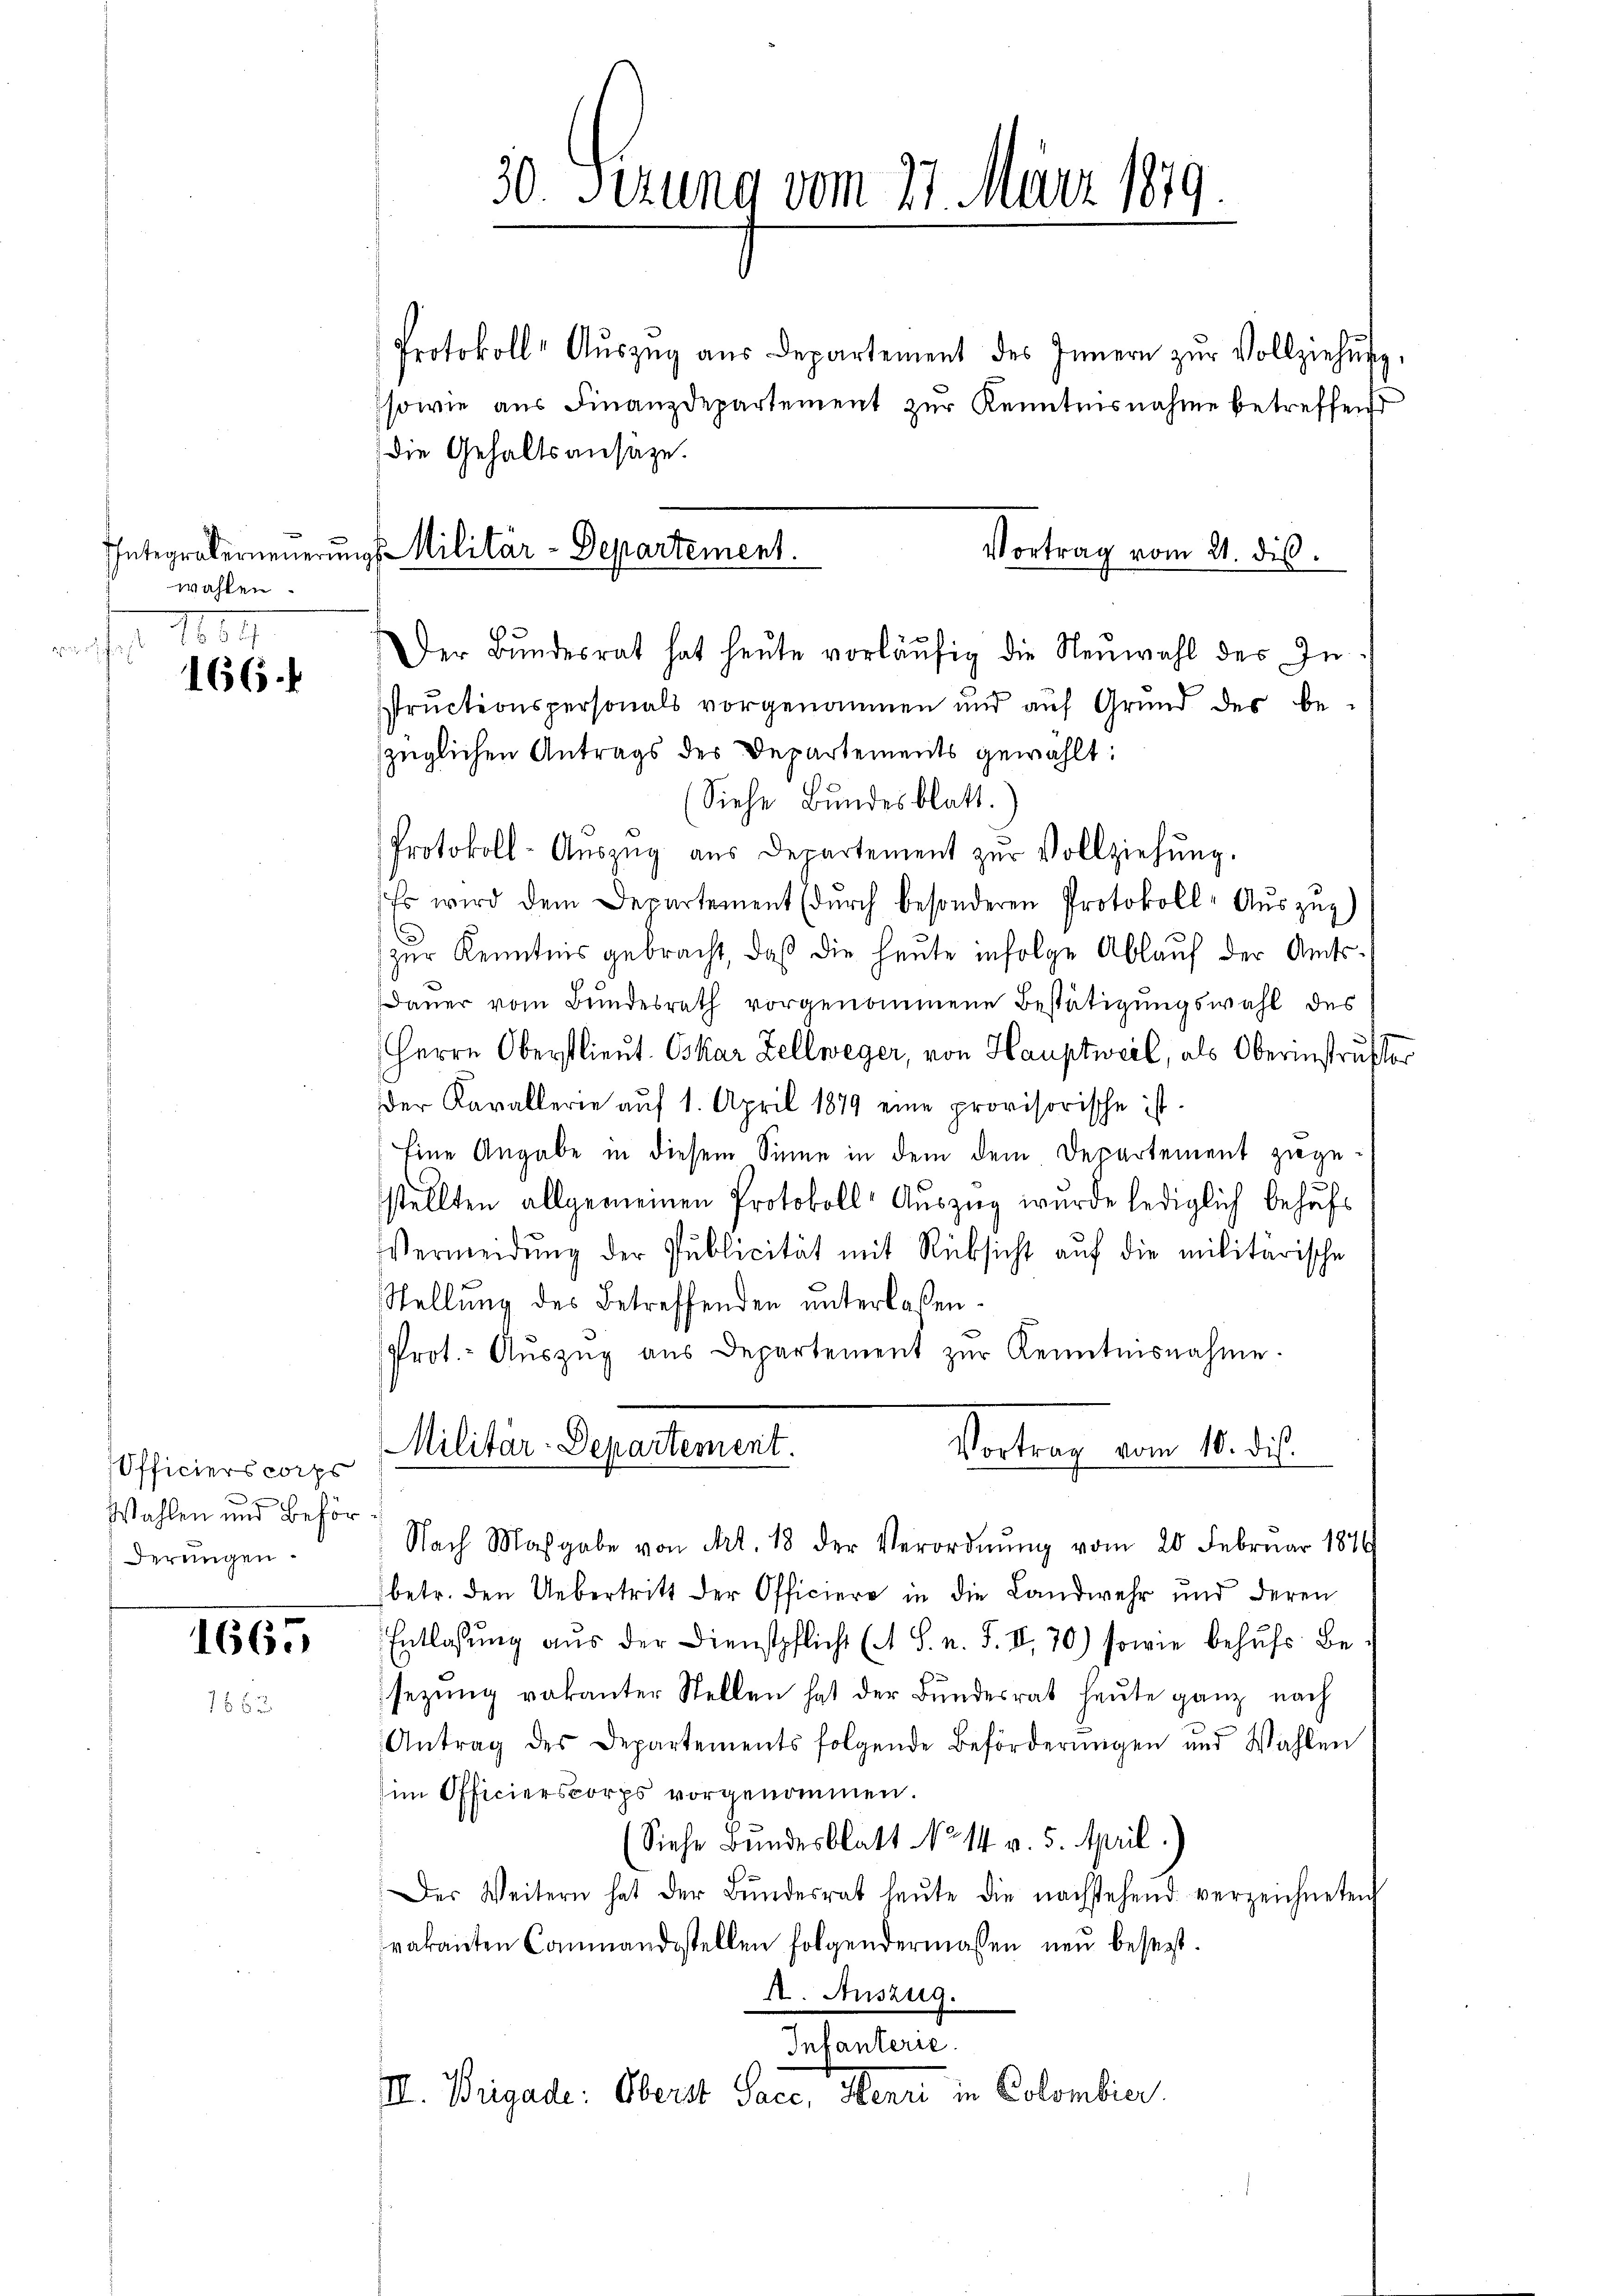
wahlen.
Mo
s

166.

Officiers corps
Wahlen und Beför¬
Dereingen.

1665

30. Sezung vom 27. März 1879.
.
Protokoll-Aŭszŭg aŭs Departement des Innern zŭr Vollziehung,

sowie aus Finanzdepartement zur Kenntnisnahme betreffen
Die Gehaltsansätze.
structionspersonals vorgenommen und auf Grund der be-
züglichen Antrags des Departements gewählt:
(Siehe Bundesblatt.
Protokoll-Aŭszŭg aŭs Departement zŭr Vollziehŭng.
Es wird dem Departement (dŭrch besonderen Protokoll-Aŭszŭg)
zur Kenntnis gebracht, daß die heute infolge Ablauf der Amtsdauer vom Bundesrath vorgenommene Bestätigungswahl des
Herrn Oberstlieut. Oskar Zellweger, von Hauptweil, als Oberinstruft
der Kavallerie aŭf 1. April 1879 eine provisorische ist.
Eine Angabe in diesem Sinne in dem dem Departement zuge-
stellten allgemeinen Protokoll- Aŭszŭg wurde lediglich behufs
Vermeidung der Publicität mit Rücksicht auf die militärische
Stellung des Betreffenden unterlaßen.
Prot.- Aŭszŭg aŭs Departement zŭr Kenntnisnahme.
Militär-Departement.
Vortrag vom 10. dis
Nach Maßgabe von Art. 18 der Verordnŭng vom 20 Februar 1879
betr. den Uebertritt der Officiere in die Landwehr und deren
Entlassung aus der Dienstpflicht (S. n. F. II. 70) sowie behufs Besezung vakanter Stellen hat der Bundesrat heute ganz nach
Antrag des Departements folgende Beförderŭngen und Wahlen
im Officierskorps vorgenommen.
(Siehe Bundesblatt No. 14 v. 5. April.)
Der Weitern hat der Bŭndesrat heŭte die nachstehend verzeichneten
vakanten Commandestellen folgendermassen neu besezt.
A. Auszug.
Infanterie.
III. Brigade: Oberst Sacc, Henri in Colombier

Integraberneuerungs Militär-Departement.
Vortrag vom 21. dis
Der Bŭndesrat hat heŭte vorläŭfig die Neuwahl des In¬